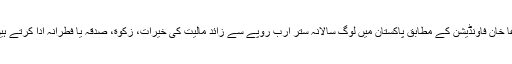
آغا خان فاونڈیشن کے مطابق پاکستان میں لوگ سالانہ ستر ارب روپے سے زائد مالیت کی خیرات، زکوٰة، صدقہ یا فطرانہ ادا کرتے ہیں۔